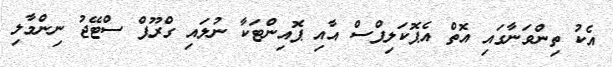
އެކު ތިންވަނާގައި އޮތް އެޕޮކަލިޕްސް އާއި ޕޮއިންޓަކާ ނުލައި ގްރޫޕް ސްޓޭޖު ނިންމާލި